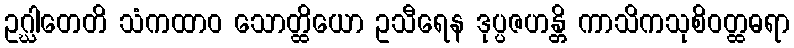
ဥဂ္ဃါတေတိ သံကထာဝ သောတ္ထိယော ဥသီရေန ဒုပ္ပဇဟန္တိ ကာသိကသုစိဝတ္ထဓရာ